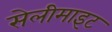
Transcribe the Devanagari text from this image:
सेलीमाइट